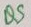
Text: Q5